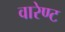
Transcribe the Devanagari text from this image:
वारेण्ट